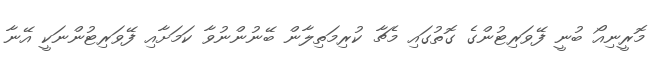
މޮރީނިއޯ ބުނީ ފޭވަރިޓުންގެ ގޮތުގައި މެޗާ ކުރިމަތިލާން ބޭނުންނުވާ ކަމަށާއި ފޭވަރިޓުންނަކީ އޭނާ